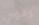
وقوي